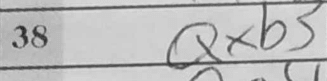
Transcription: Qxb3